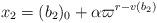
LaTeX: \begin{align*}x_2 = (b_2)_0+\alpha \varpi^{r-v(b_2)} \end{align*}